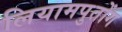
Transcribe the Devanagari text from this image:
लियामपुतोंग